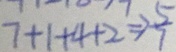
7 + 1 + 4 + 2 \Rightarrow \frac { 5 } { 7 }